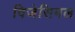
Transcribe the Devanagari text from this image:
विजेसिमल